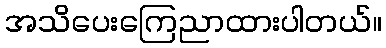
အသိပေးကြေညာထားပါတယ်။